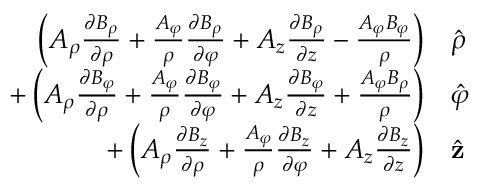
{ \begin{array} { r l } { \left( A _ { \rho } { \frac { \partial B _ { \rho } } { \partial \rho } } + { \frac { A _ { \varphi } } { \rho } } { \frac { \partial B _ { \rho } } { \partial \varphi } } + A _ { z } { \frac { \partial B _ { \rho } } { \partial z } } - { \frac { A _ { \varphi } B _ { \varphi } } { \rho } } \right) } & { { \hat { \boldsymbol { \rho } } } } \\ { + \left( A _ { \rho } { \frac { \partial B _ { \varphi } } { \partial \rho } } + { \frac { A _ { \varphi } } { \rho } } { \frac { \partial B _ { \varphi } } { \partial \varphi } } + A _ { z } { \frac { \partial B _ { \varphi } } { \partial z } } + { \frac { A _ { \varphi } B _ { \rho } } { \rho } } \right) } & { { \hat { \boldsymbol { \varphi } } } } \\ { + \left( A _ { \rho } { \frac { \partial B _ { z } } { \partial \rho } } + { \frac { A _ { \varphi } } { \rho } } { \frac { \partial B _ { z } } { \partial \varphi } } + A _ { z } { \frac { \partial B _ { z } } { \partial z } } \right) } & { { \hat { \mathbf { z } } } } \end{array} }